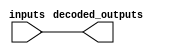
module priority_encoder_decoder (
input [3:0] inputs,
output [3:0] decoded_outputs
);

assign decoded_outputs = inputs;

endmodule